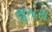
સૂમરા